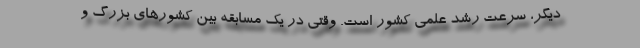
دیگر، سرعت رشد علمی کشور است. وقتی در یک مسابقه بین کشورهای بزرگ و